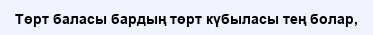
Төрт баласы бардың төрт күбыласы тең болар,